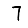
Digit: 7